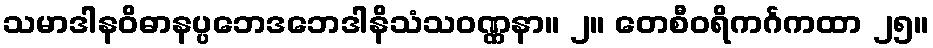
သမာဒါနဝိဓာနပ္ပဘေဒဘေဒါနိသံသဝဏ္ဏနာ။ ၂။ တေစီဝရိကင်္ဂကထာ ၂၅။